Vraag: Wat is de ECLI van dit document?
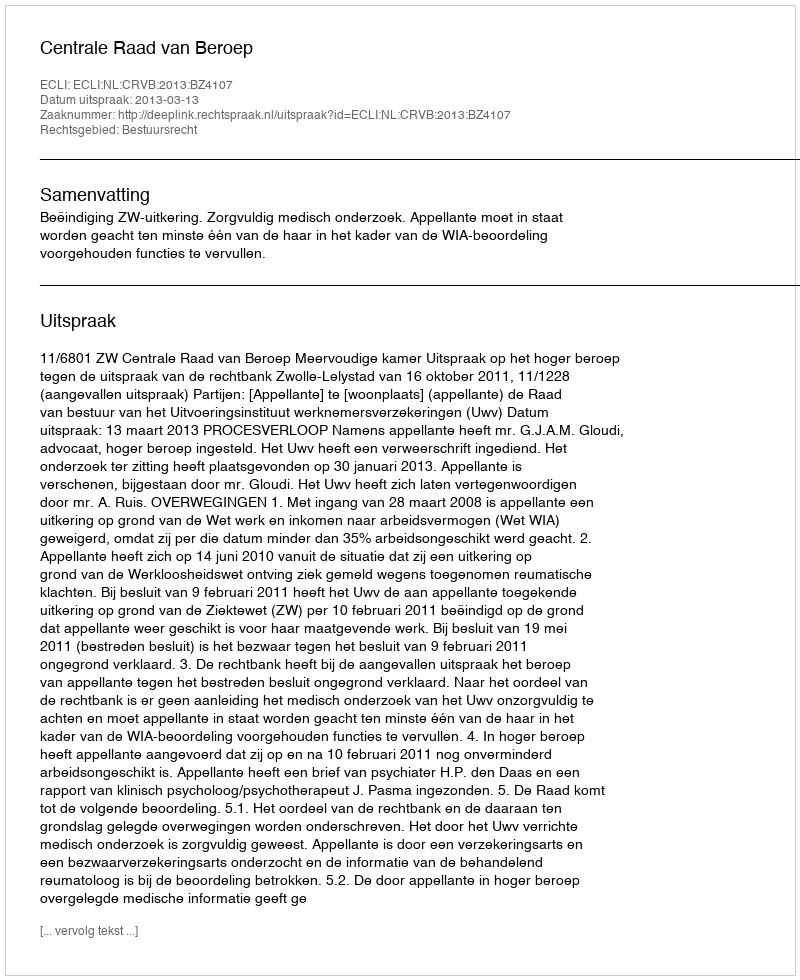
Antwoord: ECLI:NL:CRVB:2013:BZ4107